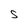
Character: S